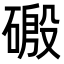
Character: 磤